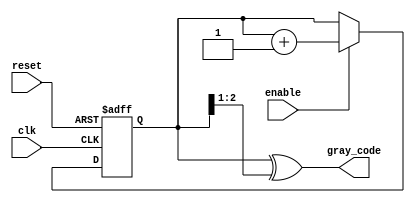
module gray_code_counter (
    input wire clk,        // Clock signal
    input wire reset,      // Asynchronous reset signal
    input wire enable,     // Enable signal for counting
    output reg [n-1:0] gray_code // Output for Gray code value
);
    parameter n = 3; // Number of bits for the Gray code counter (3 bits for 8 states)

    reg [n-1:0] binary_count; // Binary counter to derive Gray code

    // Convert binary count to Gray code
    function [n-1:0] binary_to_gray(input [n-1:0] binary);
        binary_to_gray = binary ^ (binary >> 1);
    endfunction

    always @(posedge clk or posedge reset) begin
        if (reset) begin
            binary_count <= 0; // Reset binary count
        end else if (enable) begin
            // Increment binary count
            binary_count <= binary_count + 1;
        end
    end

    always @(binary_count) begin
        gray_code <= binary_to_gray(binary_count); // Update Gray code output
    end

endmodule